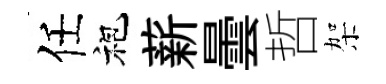
任袍薪曇哲架